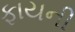
ફાયની